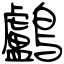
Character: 鸕